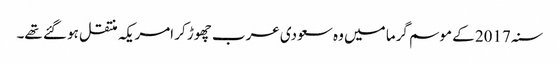
سنہ 2017 کے موسم گرما میں وہ سعودی عرب چھوڑ کر امریکہ منتقل ہو گئے تھے۔